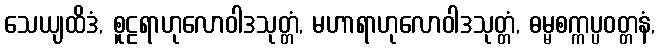
သေယျထိဒံ, စူဠရာဟုလောဝါဒသုတ္တံ, မဟာရာဟုလောဝါဒသုတ္တံ, ဓမ္မစက္ကပ္ပဝတ္တနံ,